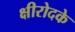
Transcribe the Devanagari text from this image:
क्षीरोदके